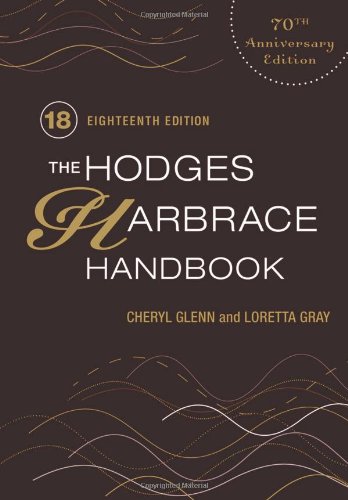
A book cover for The Hodges Harbrace Handbook, 18th Edition; Cheryl Glenn; Test Preparation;